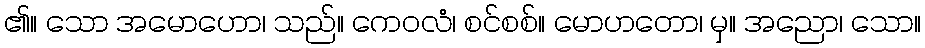
၏။ သော အမောဟော၊ သည်။ ကေဝလံ၊ စင်စစ်။ မောဟတော၊ မှ။ အညော၊ သော။